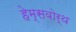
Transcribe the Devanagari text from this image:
हेम्सवोर्थ